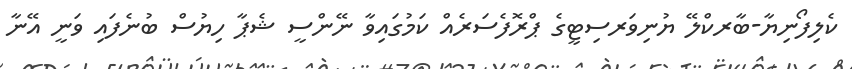
ކެލިފޯނިޔާ-ބާރކްލޭ ޔުނިވަރސިޓީގެ ޕްރޮފެސަރެއް ކަމުގައިވާ ނޭންސީ ޝެޕާ ހިޔުސް ބުނެފައި ވަނީ އޭނާ